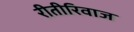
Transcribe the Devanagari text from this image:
रीतीरिवाज